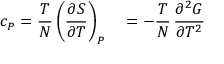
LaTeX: c _ { P } = { \frac { T } { N } } \left( { \frac { \partial S } { \partial T } } \right) _ { P } \quad = - { \frac { T } { N } } \, { \frac { \partial ^ { 2 } G } { \partial T ^ { 2 } } }